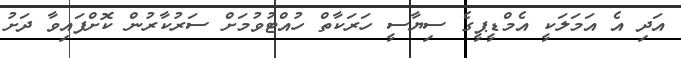
އަދި އެ އަމަލަކީ އެމްޑީޕީގެ ސިޔާސީ ހަރަކާތް ހުއްޓުވުމަށް ސަރުކާރުން ކޮށްފައިވާ ދަށު